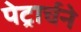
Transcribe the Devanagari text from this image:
पेट्रार्चने